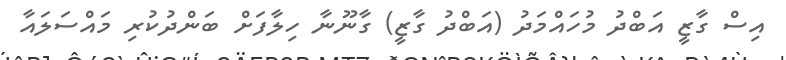
އިސް ގާޒީ އަބްދު މުހައްމަދު (އަބްދު ގާޒީ) ގާނޫނާ ހިލާފަށް ބަންދުކުރި މައްސަލައާ